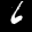
Label: 6